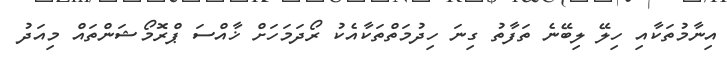
އިނާމުތަކާއި ހިލޭ ލިބޭނެ ތަފާތު ގިނަ ހިދުމަތްތަކާއެކު ރޯދަމަހަށް ޚާއްސަ ޕްރޮމޯޝަންތައް މިއަދު